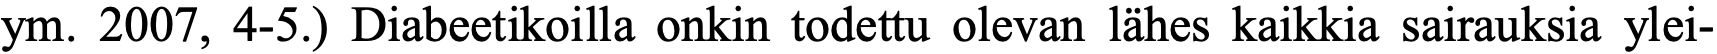
ym. 2007, 4-5.) Diabeetikoilla onkin todettu olevan lähes kaikkia sairauksia ylei-